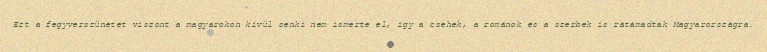
Ezt a fegyverszünetet viszont a magyarokon kívül senki nem ismerte el, így a csehek, a románok és a szerbek is rátámadtak Magyarországra.